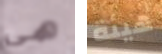
هي هيئة